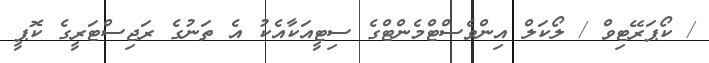
/ ކޯޕަރޭޓިވް / ލޯކަލް އިންވެސްޓްމެންޓްގެ ސިޓީއަކާއެކު އެ ތަނުގެ ރަޖިސްޓަރީގެ ކޮޕީ